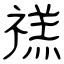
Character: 禚